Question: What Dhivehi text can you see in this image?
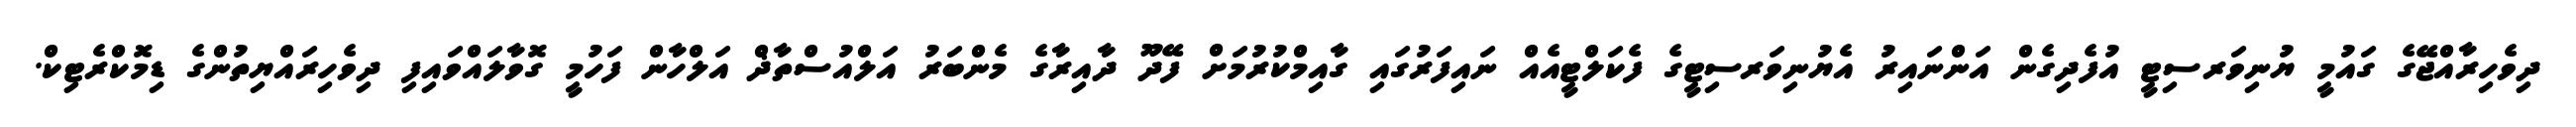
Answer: ދިވެހިރާއްޖޭގެ ގައުމީ ޔުނިވަރސިޓީ އުފެދިގެން އަންނައިރު އެޔުނިވަރސިޓީގެ ފެކަލްޓީއެއް ނައިފަރުގައި ގާއިމްކުރުމަށް ފޭދޫ ދާއިރާގެ މެންބަރު އަލްއުސްތާޛް އަލްހާން ފަހުމީ ގޮވާލައްވައިފި ދިވެހިރައްޔިތުންގެ ޑިމޮކްރެޓިކް.